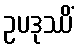
ဥပဒုဿိံ